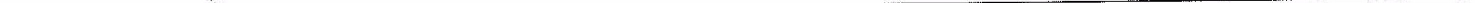
___